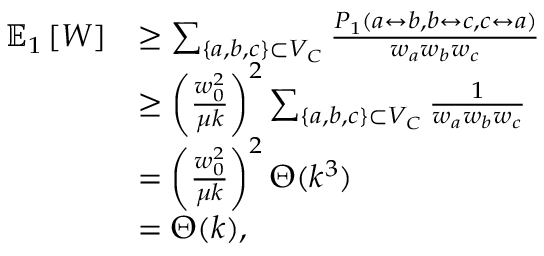
\begin{array} { r l } { \mathbb { E } _ { 1 } \left[ W \right] } & { \geq \sum _ { \{ a , b , c \} \subset V _ { C } } \frac { P _ { 1 } ( a \leftrightarrow b , b \leftrightarrow c , c \leftrightarrow a ) } { w _ { a } w _ { b } w _ { c } } } \\ & { \geq \left( \frac { w _ { 0 } ^ { 2 } } { \mu k } \right) ^ { 2 } \sum _ { \{ a , b , c \} \subset V _ { C } } \frac { 1 } { w _ { a } w _ { b } w _ { c } } } \\ & { = \left( \frac { w _ { 0 } ^ { 2 } } { \mu k } \right) ^ { 2 } \Theta ( k ^ { 3 } ) } \\ & { = \Theta ( k ) , } \end{array}